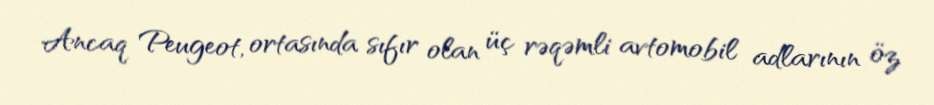
Ancaq Peugeot, ortasında sıfır olan üç rəqəmli avtomobil adlarının öz